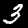
Label: 3